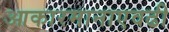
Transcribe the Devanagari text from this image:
आकारमानाएवढी